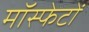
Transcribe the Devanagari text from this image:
मॉस्फेटों